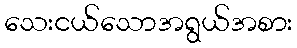
သေးငယ်သောအရွယ်အစား